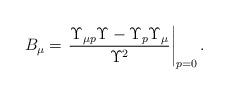
LaTeX: \begin{align*} B_{\mu}=\left.\dfrac{\Upsilon_{\mu p} \Upsilon - \Upsilon_p \Upsilon_{\mu}}{\Upsilon^2}\right|_{p=0}.\end{align*}